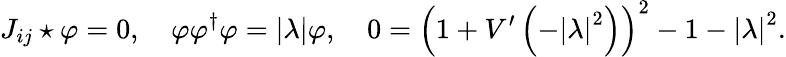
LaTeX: J_{ij}\star\varphi=0,\quad\varphi\varphi^{\dagger}\varphi=\left|\lambda\right|\varphi,\quad 0=\left(1+V^{\prime}\left(-\left|\lambda\right|^{2}\right)\right)^{2}-1-\left|\lambda\right|^{2}.